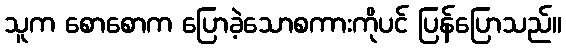
သူက စောစောက ပြောခဲ့သောစကားကိုပင် ပြန်ပြောသည်။